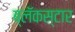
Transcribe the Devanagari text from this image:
ब्लॅकस्टार